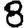
Digit: 8